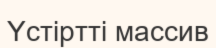
Үстіртті массив